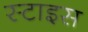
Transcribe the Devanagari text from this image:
स्टाइस